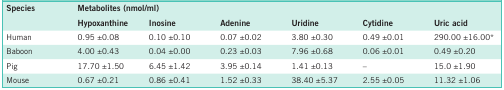
<table><thead><tr><td><b>Species</b></td><td colspan="6"><b>Metabolites (nmol/ml)</b></td></tr><tr><td></td><td><b>Hypoxanthine</b></td><td><b>Inosine</b></td><td><b>Adenine</b></td><td><b>Uridine</b></td><td><b>Cytidine</b></td><td><b>Uric acid</b></td></tr></thead><tbody><tr><td>Human</td><td>0.95 ±0.08</td><td>0.10 ±0.10</td><td>0.07 ±0.02</td><td>3.80 ±0.30</td><td>0.49 ±0.01</td><td>290.00 ±16.00*</td></tr><tr><td>Baboon</td><td>4.00 ±0.43</td><td>0.04 ±0.00</td><td>0.23 ±0.03</td><td>7.96 ±0.68</td><td>0.06 ±0.01</td><td>0.49 ±0.20</td></tr><tr><td>Pig</td><td>17.70 ±1.50</td><td>6.45 ±1.42</td><td>3.95 ±0.14</td><td>1.41 ±0.13</td><td>–</td><td>15.0 ±1.90</td></tr><tr><td>Mouse</td><td>0.67 ±0.21</td><td>0.86 ±0.41</td><td>1.52 ±0.33</td><td>38.40 ±5.37</td><td>2.55 ±0.05</td><td>11.32 ±1.06</td></tr></tbody></table>